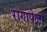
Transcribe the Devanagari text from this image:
रागापेला